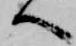
へ